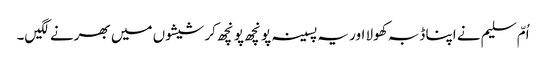
اُمّ سلیم نے اپنا ڈبہ کھولا اور یہ پسینہ پونچھ پونچھ کر شیشوں میں بھرنے لگیں۔